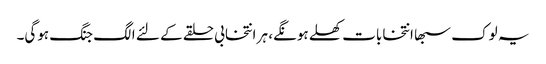
یہ لوک سبھا انتخابات کھلے ہونگے، ہر انتخابی حلقے کے لئے الگ جنگ ہوگی۔